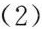
（2）